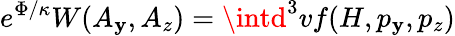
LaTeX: e^{\Phi/\kappa}W(A_{\mathbf{y}},A_{z})=\intd^{3}vf(H,p_{\mathbf{y}},p_{z})